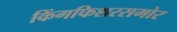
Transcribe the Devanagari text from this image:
किंगफिशरसमोर